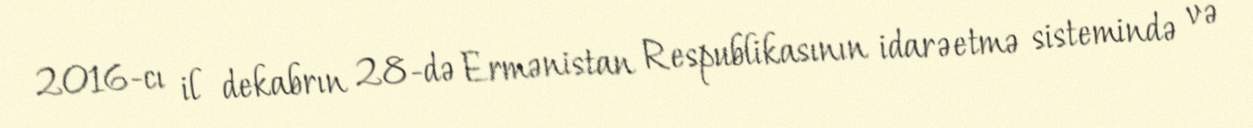
2016-cı il dekabrın 28-də Ermənistan Respublikasının idarəetmə sistemində və